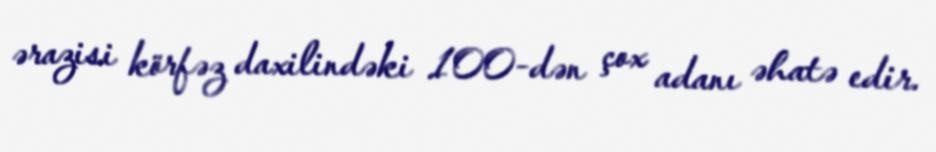
ərazisi körfəz daxilindəki 100-dən çox adanı əhatə edir.